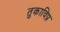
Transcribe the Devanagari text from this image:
तुकाविप्र